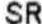
SR